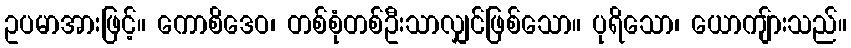
ဥပမာအားဖြင့်။ ကောစိဒေဝ၊ တစ်စုံတစ်ဦးသာလျှင်ဖြစ်သော။ ပုရိသော၊ ယောကျ်ားသည်။